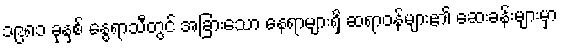
၁၉၈၁ ခုနှစ် နွေရာသီတွင် အခြားသော နေရာများရှိ ဆရာဝန်များ၏ ဆေးခန်းများမှာ